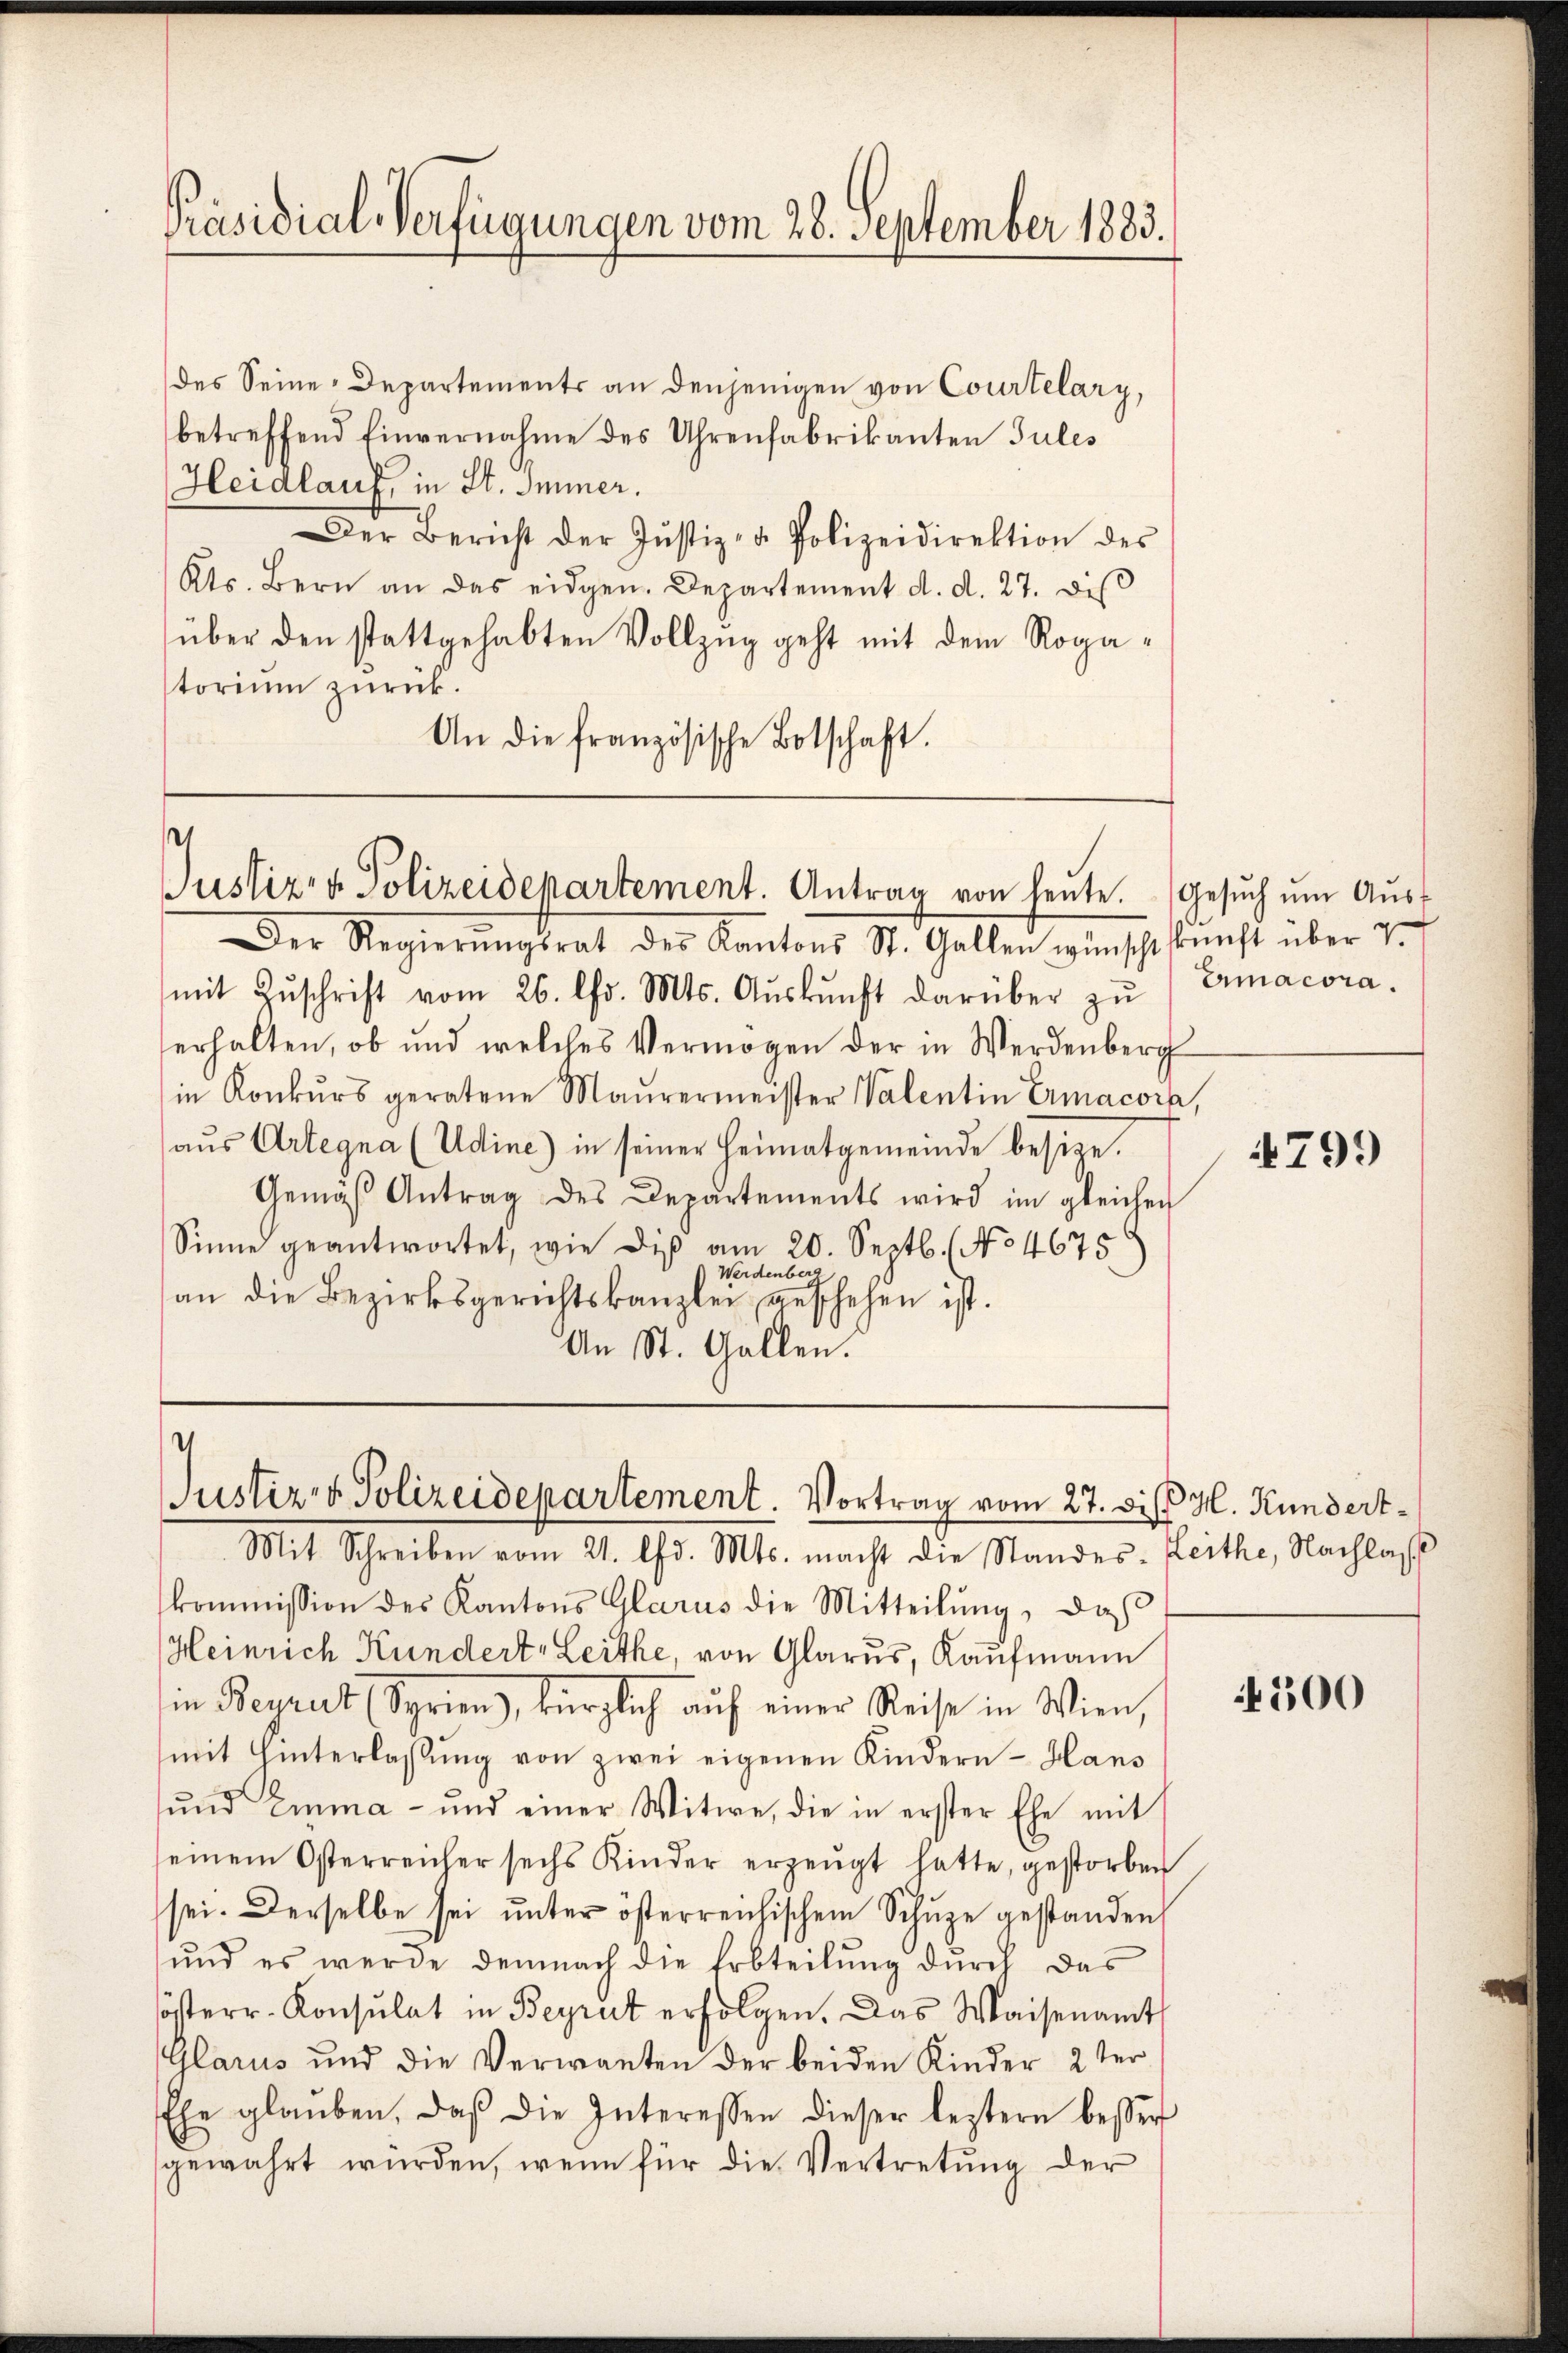
Präsidial-Verfügungen vom 28. September 1883.

des Seine-Departements an denjenigen von Courtelary,
betreffend Einvernahme des Uhrenfabrikanten Jules
Heidlauf, in St. Immer.
Der Bericht der Justiz- u. Polizeidirektion des
Kts. Bern an das eidgen. Departement d. d. 27. diβ
über den stattgehabten Vollzug geht mit dem Rogatorium zurück.
An die französische Botschaft.

Justiz- & Polizeidepartement. Antrag von heute.
Der Regierŭngsrat der Kantons St. Gallen wünschtskunft über v.

mit Zŭschrift vom 26. Chr. Mts. Aŭskŭnft darüber zŭ Ermacora.
erhalten, ob und welches Vermögen der in Werdenberg
in Konkŭrs geratene Maurermeister Valentin Ermacora,
aus Artegna (Udine) in seiner Heimatgemeinde besize.
Gemäβ Antrag des Departements wird im gleichen
Sinne geantwortet, wie dis am 20. Septb. (No 4675
Werdenberg
an die Bezirksgerichtskanzlei geschehen ist.
An St. Gallen.

I
Justiz- & Polizeidepartement. Vortrag vom 27. diß H. Kundert¬
Mit Schreiben vom 21. d. Mts. macht die Standes-Leithe, Nachlas

kommission des Kantons Glarus die Mitteilŭng, daß
Heinrich Kundert, Leithe, von Glarus, Kaufmann
in Beyrert (Syrien, kürzlich auf einer Reise in Wien,
mit Hinterlassŭng von zwei eigenen Kindern - Hans
und Emma - und einer Witwe, die in erster Ehe mit
seinem Osterreicher sechs Kinder erzeugt hatte, gestorben
sei. Derselbe sei ŭnter österreichischem Schŭze gestanden,
und es werde demnach die Erbteilŭng dŭrch das
österr. Konsulat in Beyrut erfolgen. Das Waisenamt
Glarus und die Verwanten der beiden Kinder 2ter
Ehe glaŭben. Daβ die Interessen dieser leztern besser
gewahrt würden, wenn für die Vertretŭng der

Gesuch um Ausf

799

500